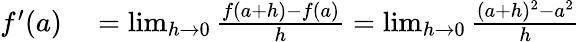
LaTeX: \begin{array}{rl}{f^{\prime}(a)}&{{}=\operatorname*{lim}_{h\to 0}{\frac{f(a+h)-f(a)}{h}}=\operatorname*{lim}_{h\to 0}{\frac{(a+h)^{2}-a^{2}}{h}}}\end{array}